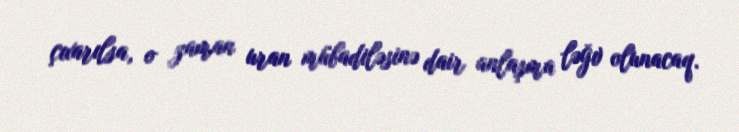
çıxarılsa, o zaman uran mübadiləsinə dair anlaşma ləğv olunacaq.